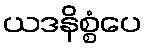
ယဒနိစ္စံပေ